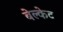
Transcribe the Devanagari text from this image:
बेल्केट